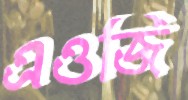
এওজি